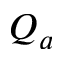
Q _ { a }